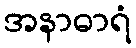
အနာဓာရံ